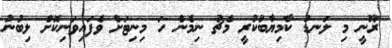
ރޫނީ މި ލަނޑު ކާމިޔާބުކުރީ މެޗު ނިމެން ހަ މިނިޓަށް ވެފައިވަނިކޮށް ލިބުނު